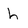
Character: h